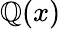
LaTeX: \mathbb{Q}(x)